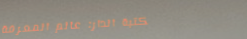
مكتبة الدار: عالم المعرفة